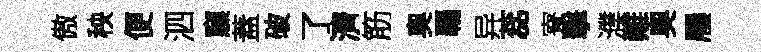
傲秧便泗䆿蓋破了濟筋奧覊异蕊寮擊濮難奧屨